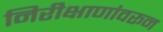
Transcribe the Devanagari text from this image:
निरीक्षाणांवरून